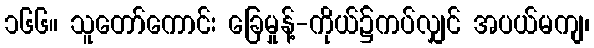
၁၆၆။ သူတော်ကောင်း ခြေမှုန့်-ကိုယ်၌ကပ်လျှင် အပယ်မကျ၊